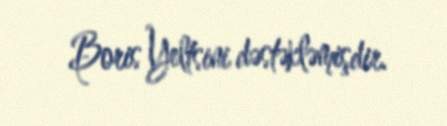
Boris Yeltsini dəstəkləmişdir.